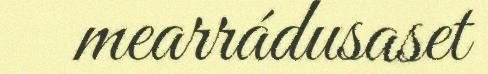
mearrádusaset